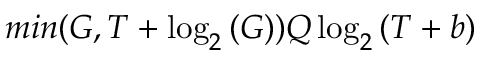
m i n ( G , T + \log _ { 2 } { ( G ) } ) Q \log _ { 2 } { ( T + b ) }